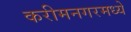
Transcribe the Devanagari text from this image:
करीमनगरमध्ये